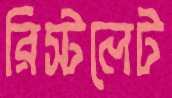
রিস্টলেট